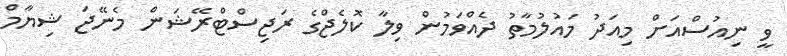
ވީ ނިއުސްއަށް މިއަދު މައުލުމާތު ދެއްވަމުން ވިލާ ކޮލެޖްގެ ރަޖިސްޓްރޭޝަން މެނޭޖަ ޝިޔާމް